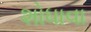
શોધાવા